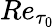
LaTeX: Re_{\tau_{0}}